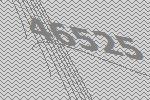
46525